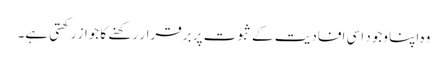
وہ اپنا وجود اسی افادیت کے ثبوت پر برقرار رکھنے کا جواز رکھتی ہے۔